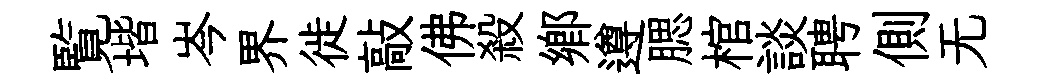
覧堦岑界徙敲佛殺鄕遵腮棺談聘側无